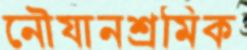
নৌযানশ্রমিক